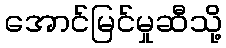
အောင်မြင်မှုဆီသို့